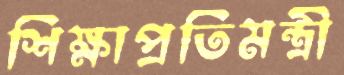
শিক্ষাপ্রতিমন্ত্রী